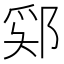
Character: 𫑞